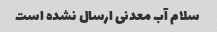
سلام آب معدنی ارسال نشده است